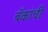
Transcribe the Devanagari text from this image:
बॅकांची